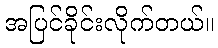
အပြင်ခိုင်းလိုက်တယ်။